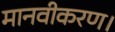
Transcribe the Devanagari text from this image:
मानवीकरण।